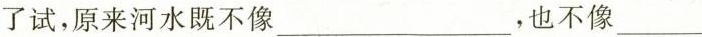
了试，原来河水既不像___，也不像___